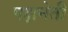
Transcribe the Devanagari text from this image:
पक्षनेती